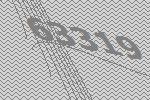
63319